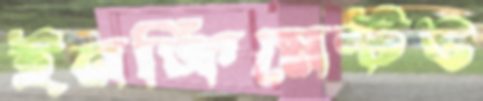
ইনক্রিমেন্টও